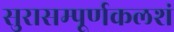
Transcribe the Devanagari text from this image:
सुरासम्पूर्णकलशं